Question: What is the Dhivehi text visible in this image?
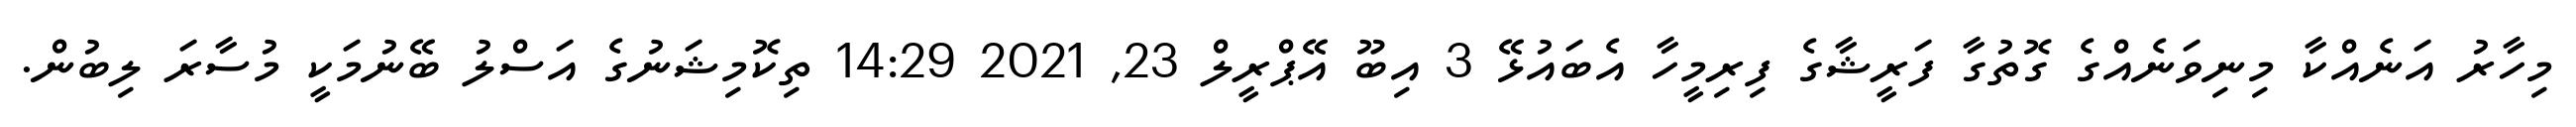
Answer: މިހާރު އަނެއްކާ މިނިވަނެއްގެ ގޮތުގާ ފަރީޝާގެ ފިރިމީހާ އެބައުޅޭ 3 އިބޫ އޭޕްރީލް 23, 2021 14:29 ތިކޮމިޝަނުގެ އަސްލު ބޭނުމަކީ މުސާރަ ލިބުން.